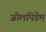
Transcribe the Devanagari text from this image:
जोलपिडेम